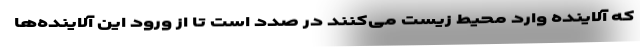
که آلاینده وارد محیط زیست می‌کنند در صدد است تا از ورود این آلاینده‌ها